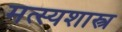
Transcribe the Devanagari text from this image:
मत्स्यशास्त्र